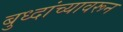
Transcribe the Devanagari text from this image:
बुध्दांच्यावरून